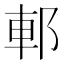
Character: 𨛩